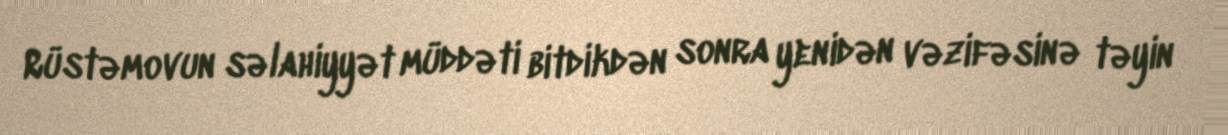
Rüstəmovun səlahiyyət müddəti bitdikdən sonra yenidən vəzifəsinə təyin